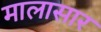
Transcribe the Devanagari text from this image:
मालासार